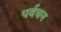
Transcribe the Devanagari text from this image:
पर्वचन